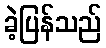
ခဲ့ပြန်သည်